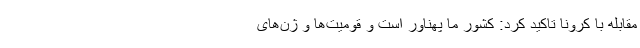
مقابله با کرونا تاکید کرد: کشور ما پهناور است و قومیت‌ها و ژن‌های